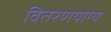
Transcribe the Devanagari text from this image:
वितरणयोग्य